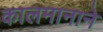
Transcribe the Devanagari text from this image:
कालमानाने